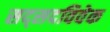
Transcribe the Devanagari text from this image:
सद्सदविवेक